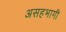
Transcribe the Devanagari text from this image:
असहभागी